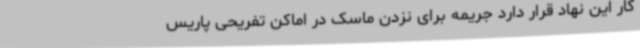
کار این نهاد قرار دارد جریمه برای نزدن ماسک در اماکن تفریحی پاریس